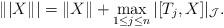
LaTeX: \begin{align*}\||X\|| = \|X\| + \max_{1 \le j \le n} |[T_j,X]|_{\mathcal J}.\end{align*}